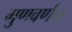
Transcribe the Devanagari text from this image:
गुणवर्णंन